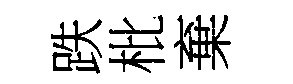
跌枇棄